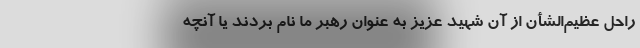
راحل عظیم‌الشأن از آن شهید عزیز به عنوان رهبر ما نام بردند یا آنچه